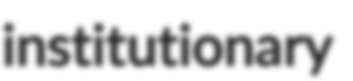
institutionary